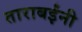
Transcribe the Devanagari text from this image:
ताराबईंनी